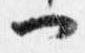
一